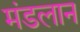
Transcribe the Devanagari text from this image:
मंडलान